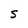
Character: S